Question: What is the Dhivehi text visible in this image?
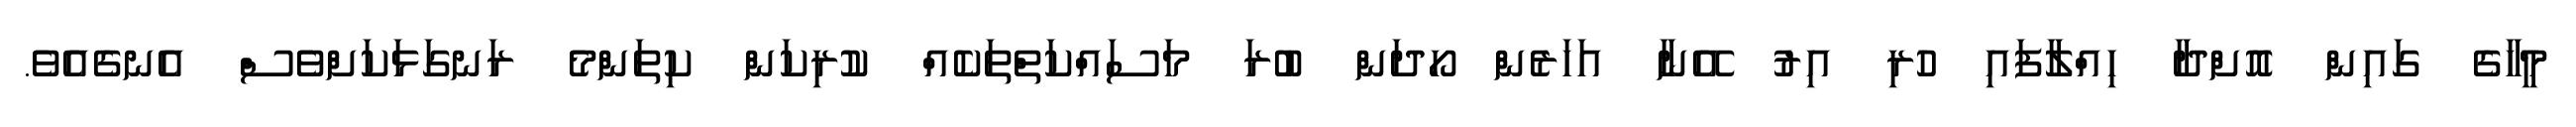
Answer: މީހާގެ ގައިން އޮށްދާ ހިއްލާފައި ހުރި އިރު އޭނާ އަހަރެން ހޯދަން ބުރަ މަސައްކަތްތަކެއް ކުރިކަން ކިތަންމެ ރަނގަޅަކަށްވެސް އެނގެއެވެ.